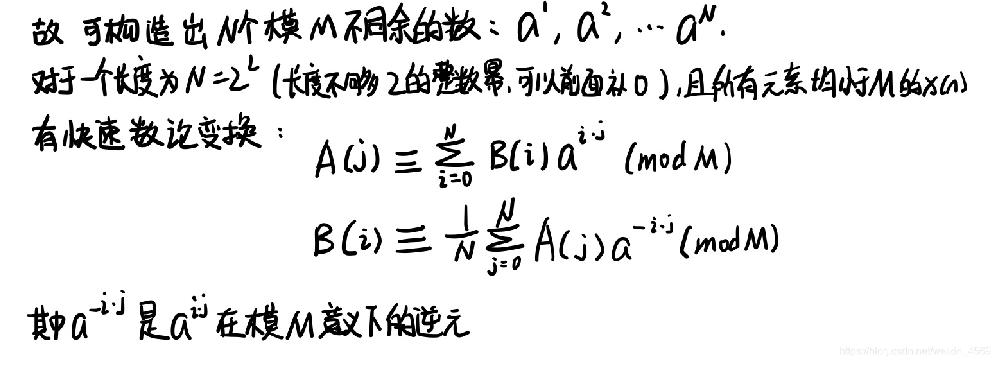
故可构造出 \(N\) 个模 \(M\) 不同余的数：\(a^{1},a^{2},\cdots a^{N}\)。
对于一个长度为 \(N = 2^{L}\)（长度不够 2 的整数幂，可以前面补 0），且所有元素均小于 \(M\) 的 \(x(n)\) 有快速数论变换：
\[A(j)\equiv\sum_{i = 0}^{N}B(i)a^{i\cdot j}\pmod{M}\]
\[B(i)\equiv\frac{1}{N}\sum_{j = 0}^{N}A(j)a^{-i\cdot j}\pmod{M}\]
其中 \(a^{-i\cdot j}\) 是 \(a^{i\cdot j}\) 在模 \(M\) 意义下的逆元。